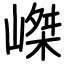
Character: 嵥